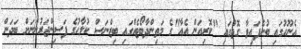
އެނޫހުގައި ބުނެފައިވާ ގޮތުގައި "ކޮރިއަން އެއާ"ގެ މަތިންދާބޯޓެއްގައި ބިޒްނަސް ކުލާހުގެ ފަސިންޖަރުންނަށް ބަދަން